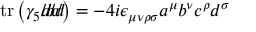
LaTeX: \operatorname { t r } \left( \gamma _ { 5 } { a \! \! \! / } { b \! \! \! / } { c \! \! \! / } { d \! \! \! / } \right) = - 4 i \epsilon _ { \mu \nu \rho \sigma } a ^ { \mu } b ^ { \nu } c ^ { \rho } d ^ { \sigma }